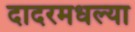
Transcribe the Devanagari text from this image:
दादरमधल्या